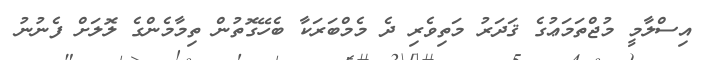
އިސްލާމީ މުޖްތަމަޢުގެ ޤަދަރު މަތިވެރި ދެ މެމްބަރަކާ ބެހޭގޮތުން ތިމާމެންގެ ލޮލަށް ފެނުނު